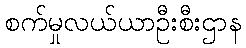
စက်မှုလယ်ယာဦးစီးဌာန